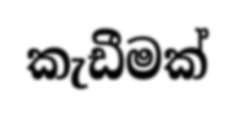
කැඩීමක්